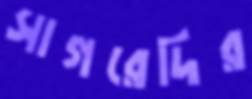
সাগরেদির